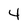
Character: 4